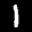
Label: 1